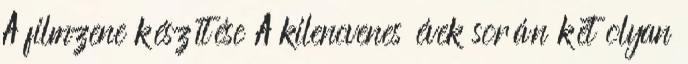
A filmzene készítése A kilencvenes évek során két olyan